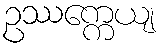
ဥဿက္ကေယျ